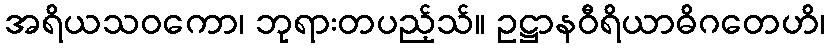
အရိယသဝကော၊ ဘုရားတပည့်သ်။ ဥဋ္ဌာနဝီရိယာဓိဂတေဟိ၊